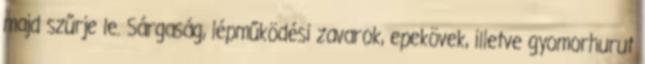
majd szűrje le. Sárgaság, lépműködési zavarok, epekövek, illetve gyomorhurut